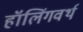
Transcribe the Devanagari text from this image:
हॉलिंगवर्थ